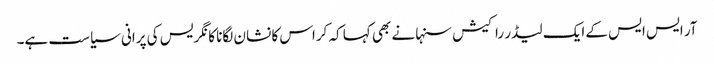
آر ایس ایس کے ایک لیڈر راکیش سنہا نے بھی کہا کہ کراس کا نشان لگانا کانگریس کی پرانی سیاست ہے۔